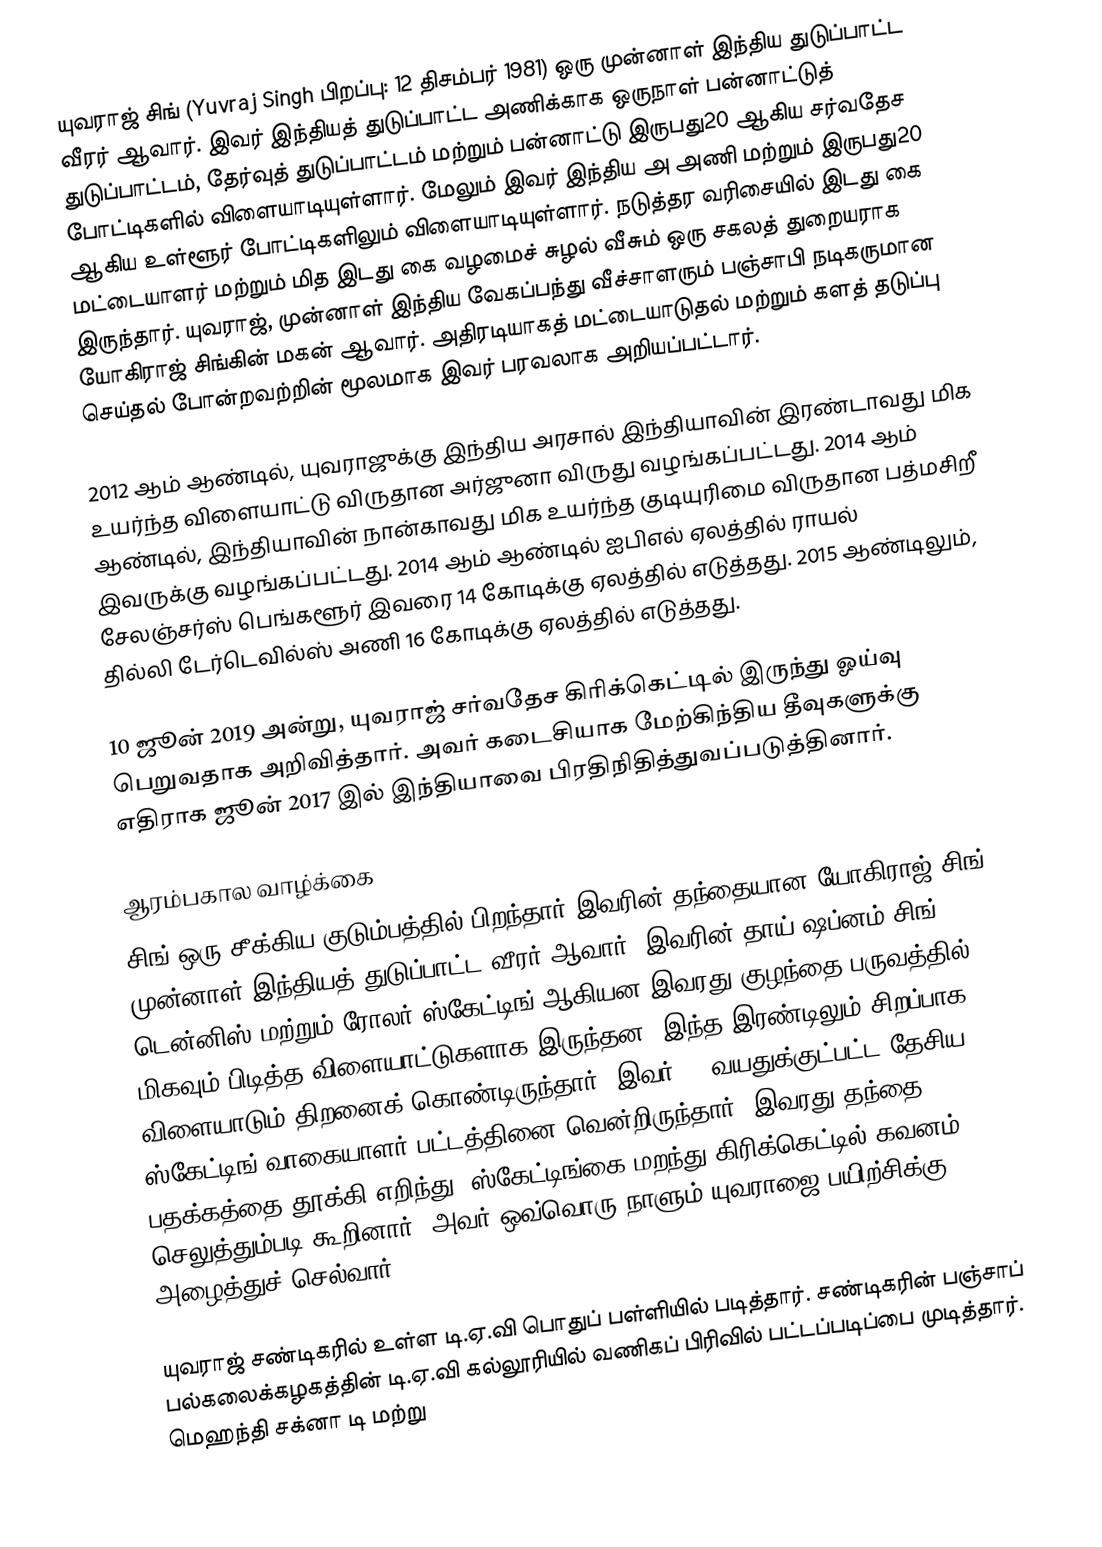
யுவராஜ் சிங் (Yuvraj Singh பிறப்பு: 12 திசம்பர் 1981) ஒரு முன்னாள் இந்திய துடுப்பாட்ட வீரர் ஆவார். இவர் இந்தியத் துடுப்பாட்ட அணிக்காக ஒருநாள் பன்னாட்டுத் துடுப்பாட்டம், தேர்வுத் துடுப்பாட்டம் மற்றும் பன்னாட்டு இருபது20  ஆகிய சர்வதேச போட்டிகளில் விளையாடியுள்ளார். மேலும் இவர் இந்திய அ அணி மற்றும் இருபது20 ஆகிய உள்ளூர் போட்டிகளிலும் விளையாடியுள்ளார். நடுத்தர வரிசையில் இடது கை மட்டையாளர் மற்றும் மித இடது கை வழமைச் சுழல் வீசும் ஒரு சகலத் துறையராக இருந்தார். யுவராஜ், முன்னாள் இந்திய வேகப்பந்து வீச்சாளரும் பஞ்சாபி நடிகருமான யோகிராஜ் சிங்கின் மகன் ஆவார்.  அதிரடியாகத் மட்டையாடுதல் மற்றும் களத் தடுப்பு செய்தல் போன்றவற்றின் மூலமாக இவர் பரவலாக அறியப்பட்டார்.

2012 ஆம் ஆண்டில், யுவராஜுக்கு இந்திய அரசால் இந்தியாவின் இரண்டாவது மிக உயர்ந்த விளையாட்டு விருதான அர்ஜுனா விருது வழங்கப்பட்டது. 2014 ஆம் ஆண்டில், இந்தியாவின் நான்காவது மிக உயர்ந்த குடியுரிமை விருதான  பத்மசிறீ இவருக்கு வழங்கப்பட்டது. 2014 ஆம் ஆண்டில் ஐபிஎல் ஏலத்தில் ராயல் சேலஞ்சர்ஸ் பெங்களூர் இவரை  14  கோடிக்கு ஏலத்தில் எடுத்தது.  2015 ஆண்டிலும், தில்லி டேர்டெவில்ஸ் அணி 16  கோடிக்கு ஏலத்தில் எடுத்தது.

10 ஜூன் 2019 அன்று, யுவராஜ் சர்வதேச கிரிக்கெட்டில் இருந்து ஓய்வு பெறுவதாக அறிவித்தார்.   அவர் கடைசியாக மேற்கிந்திய தீவுகளுக்கு எதிராக ஜூன் 2017 இல் இந்தியாவை பிரதிநிதித்துவப்படுத்தினார்.

ஆரம்பகால வாழ்க்கை
சிங் ஒரு சீக்கிய குடும்பத்தில் பிறந்தார்.இவரின் தந்தையான  யோகிராஜ் சிங்  முன்னாள் இந்தியத் துடுப்பாட்ட வீரர்  ஆவார். இவரின் தாய் ஷப்னம் சிங்.  டென்னிஸ் மற்றும் ரோலர் ஸ்கேட்டிங் ஆகியன இவரது குழந்தை பருவத்தில் மிகவும் பிடித்த விளையாட்டுகளாக இருந்தன. இந்த இரண்டிலும் சிறப்பாக விளையாடும் திறனைக் கொண்டிருந்தார். இவர் 14 வயதுக்குட்பட்ட தேசிய ஸ்கேட்டிங் வாகையாளர் பட்டத்தினை வென்றிருந்தார். இவரது தந்தை பதக்கத்தை தூக்கி எறிந்து, ஸ்கேட்டிங்கை மறந்து கிரிக்கெட்டில் கவனம் செலுத்தும்படி கூறினார்.  அவர் ஒவ்வொரு நாளும் யுவராஜை பயிற்சிக்கு அழைத்துச் செல்வார்.

யுவராஜ் சண்டிகரில் உள்ள டி.ஏ.வி பொதுப் பள்ளியில் படித்தார். சண்டிகரின் பஞ்சாப் பல்கலைக்கழகத்தின் டி.ஏ.வி கல்லூரியில் வணிகப் பிரிவில்  பட்டப்படிப்பை முடித்தார்.  மெஹந்தி சக்னா டி மற்று